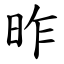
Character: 昨